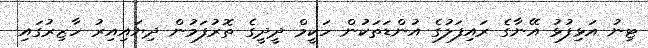
ޓިނު އަޅިފުޅު އޭނާގެ ރައިފަލުގެ އުންޑަތަކުން ހަކީމް ދީދީގެ ތޮރުފަމުން ދިޔައިއިރު ހާޒިރުގައި